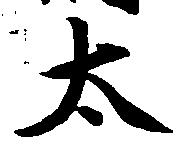
太